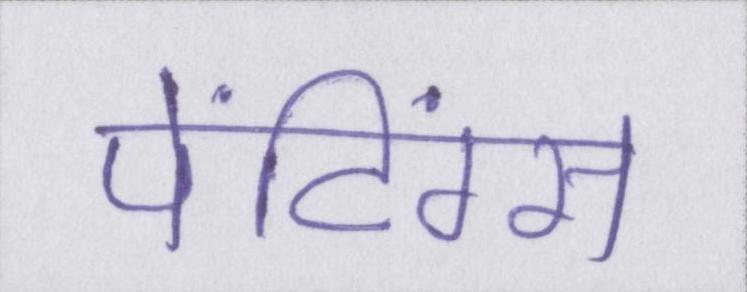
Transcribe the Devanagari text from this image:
पेंटिंग्स